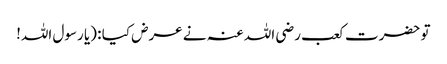
تو حضرت کعب رضی اللہ عنہ نے عرض کیا : (یا رسول اللہ!